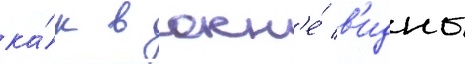
ка́к в окн'е́ в'идны